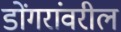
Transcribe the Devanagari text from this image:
डोंगरांवरील